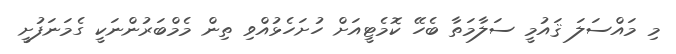
މި މައްސަލަ ޤައުމީ ސަލާމަތާ ބެހޭ ކޮމެޓީއަށް ހުށަހެޅުއްވި ތިން މެމްބަރުންނަކީ ގެމަނަފުށީ